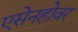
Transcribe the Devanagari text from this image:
एसेनहोवर